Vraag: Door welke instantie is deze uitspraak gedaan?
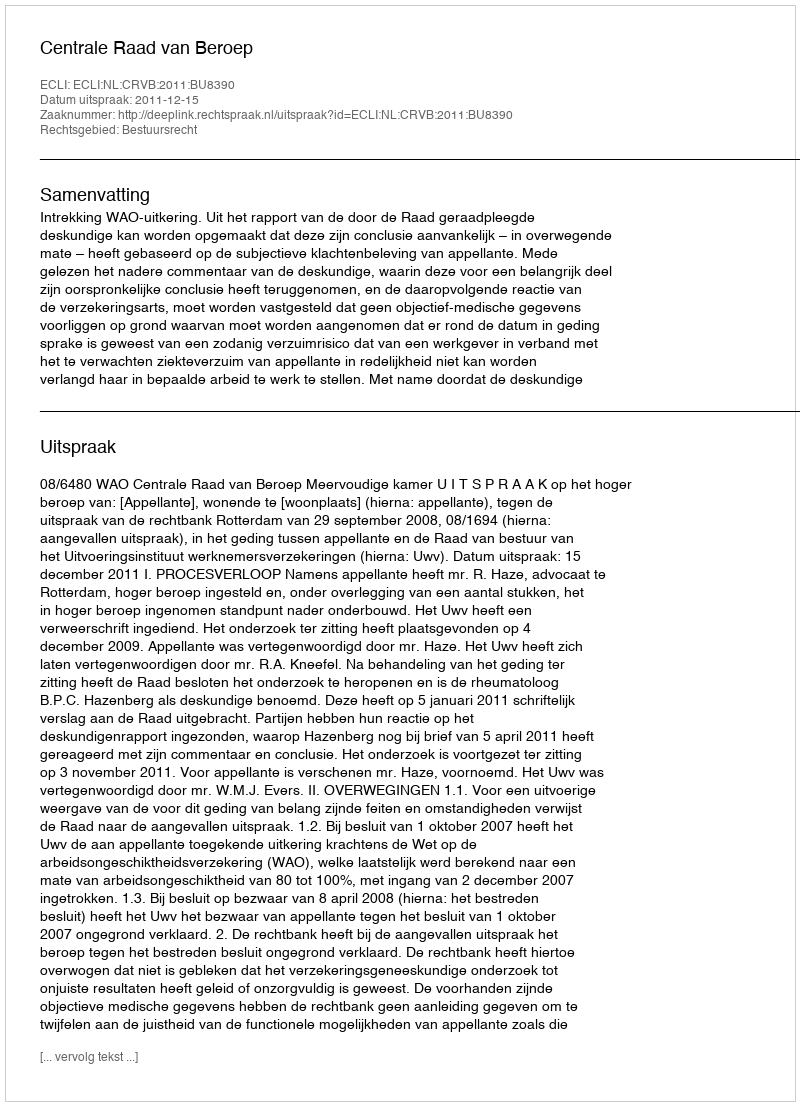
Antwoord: Centrale Raad van Beroep